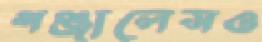
গঞ্জালেসও